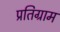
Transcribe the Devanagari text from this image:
प्रतिग्राम